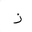
Letter: _zay